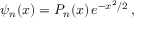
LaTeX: \psi _ { n } ( x ) = P _ { n } ( x ) \, e ^ { - x ^ { 2 } / 2 } \, ,